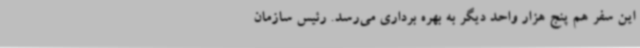
این سفر هم پنج هزار واحد دیگر به بهره برداری می‌رسد. رئیس سازمان